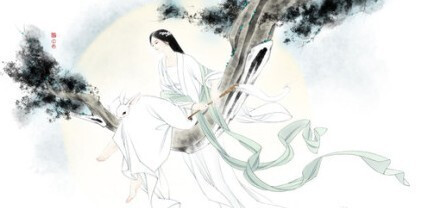
月华如练，长是人千里。